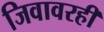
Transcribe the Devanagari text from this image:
जिवावरही